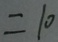
= 1 0